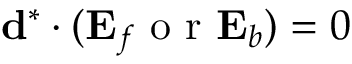
\ensuremath { \mathbf { d } } ^ { * } \cdot ( \ensuremath { \mathbf { E } _ { f } } \mathrm { ~ o ~ r ~ } \ensuremath { \mathbf { E } _ { b } } ) = 0